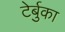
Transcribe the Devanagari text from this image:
टेर्बुका